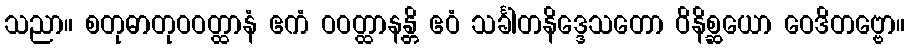
သညာ။ စတုဓာတုဝဝတ္ထာနံ ဧကံ ဝဝတ္ထာနန္တိ ဧဝံ သင်္ခါတနိဒ္ဒေသတော ဝိနိစ္ဆယော ဝေဒိတဗ္ဗော။